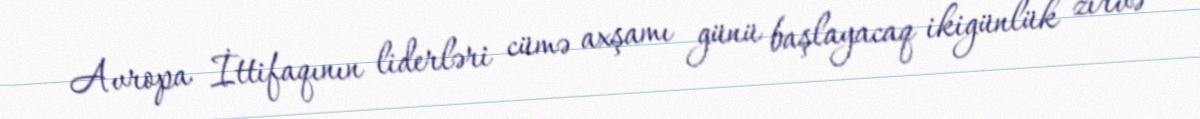
Avropa İttifaqının liderləri cümə axşamı günü başlayacaq ikigünlük zirvə